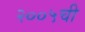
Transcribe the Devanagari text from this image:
२००५ची